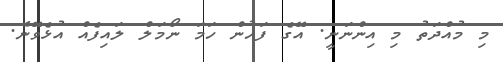
މި މުއްދަތު މި އިންނަނީ. އޭގެ ފަހުން ހަމަ ނޯމަލް ލައިފެއް އުޅެވޭނެ.